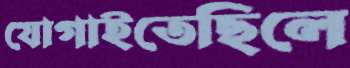
যোগাইতেছিলে